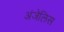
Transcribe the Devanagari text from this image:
अंजेलिस